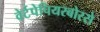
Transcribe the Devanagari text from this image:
वेर्टपेपियरबोरसे